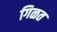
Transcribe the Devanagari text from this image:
गिळत